Vaccination in the Punjab 1897-1904 - 1897-1904
Year: 1897
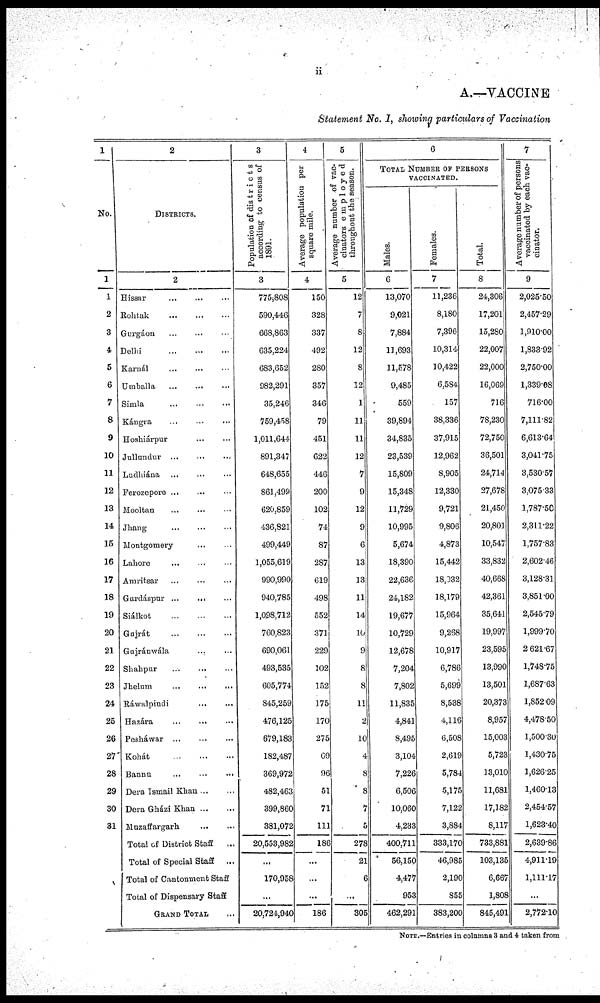
ii
A.—VACCINE
Statement No. I, showing particulars of Vaccination
1
No.
1
1
2
3
4
5
6
7
8
9
10
11
12
13
14
15
16
17
18
19
20
21
22
23
24
25
26
27
28
29
30
31
2
DISTRICTS.
2
Hissar ... ... ...
Rohtak
...
...
...
Gurgáon ... ... ...
Delhi
...
...
...
Karnál ... ... ...
Umballa ... ... ...
Simla
...
...
...
Kángra ... ... ...
Hoshiárpur ... ...
Jullundur ... ... ...
Ludhiána ...
... ...
Ferozepore ... ... ...
Mooltan
... ... ...
Jhang ... ... ...
Montgomery ... ...
Lahore ... ... ...
Amritsar
...
...
...
Gurdáspur ...
... ...
Siálkot
...
...
...
Gujrát
...
...
...
Gujránwála
... ...
Shahpur ... ... ...
Jhelum
...
...
...
Ráwalpindi
...
...
Hazára ... ... ...
Pesháwar ... ... ...
Kohát
...
...
...
Bannu
...
...
...
Dera Ismail Khan ... ...
Dera Gházi Khan ... ...
Muzaffargarh
...
...
Total of District Staff ...
Total of Special Staff
...
Total of Cantonment Staff
Total of Dispensary Staff
GRAND TOTAL.
3
Population of districts
according to census of
1891.
3
775,808
590,446
668,863
635,224
683,652
982,291
35,246
759,458
1,011,644
891,347
648,655
861,499
620,859
436,821
499,449
1,055,619
990,990
940,785
1,098,712
760,823
690,061
493,535
605,774
845,259
476,125
679,183
182,487
369,972
482,463
399,860
381,072
20,553,982
...
170,958
...
20,724,940
4
Average population per
square mile.
4
150
328
337
492
280
357
346
79
451
622
446
200
102
74
87
287
619
498
552
371
229
102
152
175
170
275
69
96
51
71
111
186
...
...
...
186
5
Average number of vac-
cinators employed
throughout the season.
5
12
7
8
12
8
12
1
11
11
12
7
9
12
9
6
13
13
11
14
10
9
8
8
11
2
10
4
8
8
7
5
278
21
6
...
305
6
TOTAL NUMBER OF PERSONS
VACCINATED.
Males.
6
13,070
9,021
7,884
11,693
11,578
9,485
559
39,894
34,835
23,539
15,809
15,348
11,729
10,995
5,674
18,390
22,636
24,182
19,677
10,729
12,678
7,204
7,802
11,835
4,841
8,495
3,104
7,226
6,506
10,060
4,233
400,711
56,150
4,477
953
462,291
Females.
7
11,236
8,180
7,396
10,314
10,422
6,584
157
38,336
37,915
12,962
8,905
12,330
9,721
9,806
4,873
15,442
18,032
18,179
15,964
9,268
10,917
6,786
5,699
8,538
4,116
6,508
2,619
5,784
5,175
7,122
3,884
333,170
46,985
2,190
855
383,200
Total.
8
24,306
17,201
15,280
22,007
22,000
16,069
716
78,230
72,750
36,501
24,714
27,678
21,450
20,801
10,547
33,832
40,668
42,361
35,641
19,997
23,595
13,990
13,501
20,373
8,957
15,003
5,723
13,010
11,681
17,182
8,117
733,881
103,135
6,667
1,808
845,491
7
Average number of persons
vaccinated by each vac-
cinator.
9
2,025.50
2,457.29
1,910.00
1,833.92
2,750.00
1,339.08
716.00
7,111.82
6,613.64
3,041.75
3,530.57
3,075.33
1,787.50
2,311.22
1,757.83
2,602.46
3,128.31
3,851.00
2,545.79
1,999.70
2621.67
1,748.75
1,687.63
1,852.09
4,478.50
1,500.30
1,430.75
1,626.25
1,460.13
2,454 57
1,623.40
2,639.86
4,911.19
1,111.17
...
2,772.10
NOTE.—Entries in columns 3 and 4 taken from